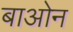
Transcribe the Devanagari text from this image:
बाओन